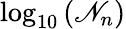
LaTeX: \log_{10}\left(\mathscr{N}_{n}\right)